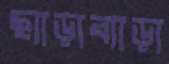
ছ্যাড়াব্যাড়া